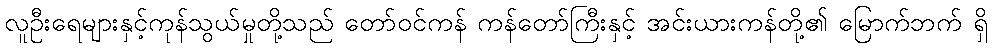
လူဦးရေများနှင့်ကုန်သွယ်မှုတို့သည် တော်ဝင်ကန် ကန်တော်ကြီးနှင့် အင်းယားကန်တို့၏ မြောက်ဘက် ရှိ